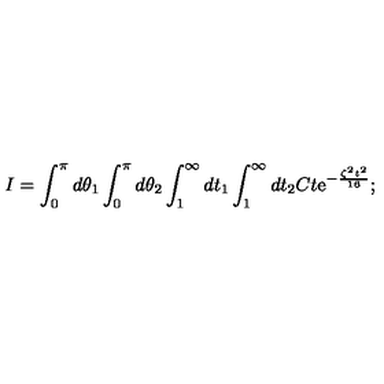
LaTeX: I = \int _ { 0 } ^ { \pi } d \theta _ { 1 } \int _ { 0 } ^ { \pi } d \theta _ { 2 } \int _ { 1 } ^ { \infty } d t _ { 1 } \int _ { 1 } ^ { \infty } d t _ { 2 } C t \mathrm { e } ^ { - \frac { \zeta ^ { 2 } t ^ { 2 } } { 1 6 } } ;